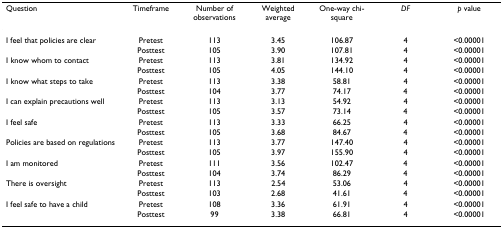
<table><thead><tr><td><b>Question</b></td><td><b>Timeframe</b></td><td><b>Number of observations</b></td><td><b>Weighted average</b></td><td><b>One-way chi-square</b></td><td><b><i>DF</i></b></td><td><b><i>p </i>value</b></td></tr></thead><tbody><tr><td>I feel that policies are clear</td><td>Pretest</td><td>113</td><td>3.45</td><td>106.87</td><td>4</td><td>&lt;0.00001</td></tr><tr><td></td><td>Posttest</td><td>105</td><td>3.90</td><td>107.81</td><td>4</td><td>&lt;0.00001</td></tr><tr><td>I know whom to contact</td><td>Pretest</td><td>113</td><td>3.81</td><td>134.92</td><td>4</td><td>&lt;0.00001</td></tr><tr><td></td><td>Posttest</td><td>105</td><td>4.05</td><td>144.10</td><td>4</td><td>&lt;0.00001</td></tr><tr><td>I know what steps to take</td><td>Pretest</td><td>113</td><td>3.38</td><td>58.81</td><td>4</td><td>&lt;0.00001</td></tr><tr><td></td><td>Posttest</td><td>104</td><td>3.77</td><td>74.17</td><td>4</td><td>&lt;0.00001</td></tr><tr><td>I can explain precautions well</td><td>Pretest</td><td>113</td><td>3.13</td><td>54.92</td><td>4</td><td>&lt;0.00001</td></tr><tr><td></td><td>Posttest</td><td>105</td><td>3.57</td><td>73.14</td><td>4</td><td>&lt;0.00001</td></tr><tr><td>I feel safe</td><td>Pretest</td><td>113</td><td>3.33</td><td>66.25</td><td>4</td><td>&lt;0.00001</td></tr><tr><td></td><td>Posttest</td><td>105</td><td>3.68</td><td>84.67</td><td>4</td><td>&lt;0.00001</td></tr><tr><td>Policies are based on regulations</td><td>Pretest</td><td>113</td><td>3.77</td><td>147.40</td><td>4</td><td>&lt;0.00001</td></tr><tr><td></td><td>Posttest</td><td>105</td><td>3.97</td><td>155.90</td><td>4</td><td>&lt;0.00001</td></tr><tr><td>I am monitored</td><td>Pretest</td><td>111</td><td>3.56</td><td>102.47</td><td>4</td><td>&lt;0.00001</td></tr><tr><td></td><td>Posttest</td><td>104</td><td>3.74</td><td>86.29</td><td>4</td><td>&lt;0.00001</td></tr><tr><td>There is oversight</td><td>Pretest</td><td>113</td><td>2.54</td><td>53.06</td><td>4</td><td>&lt;0.00001</td></tr><tr><td></td><td>Posttest</td><td>103</td><td>2.68</td><td>41.61</td><td>4</td><td>&lt;0.00001</td></tr><tr><td>I feel safe to have a child</td><td>Pretest</td><td>108</td><td>3.36</td><td>61.91</td><td>4</td><td>&lt;0.00001</td></tr><tr><td></td><td>Posttest</td><td>99</td><td>3.38</td><td>66.81</td><td>4</td><td>&lt;0.00001</td></tr></tbody></table>